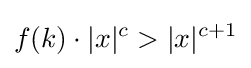
f(k)\cdot |x|^{c}>|x|^{c+1}